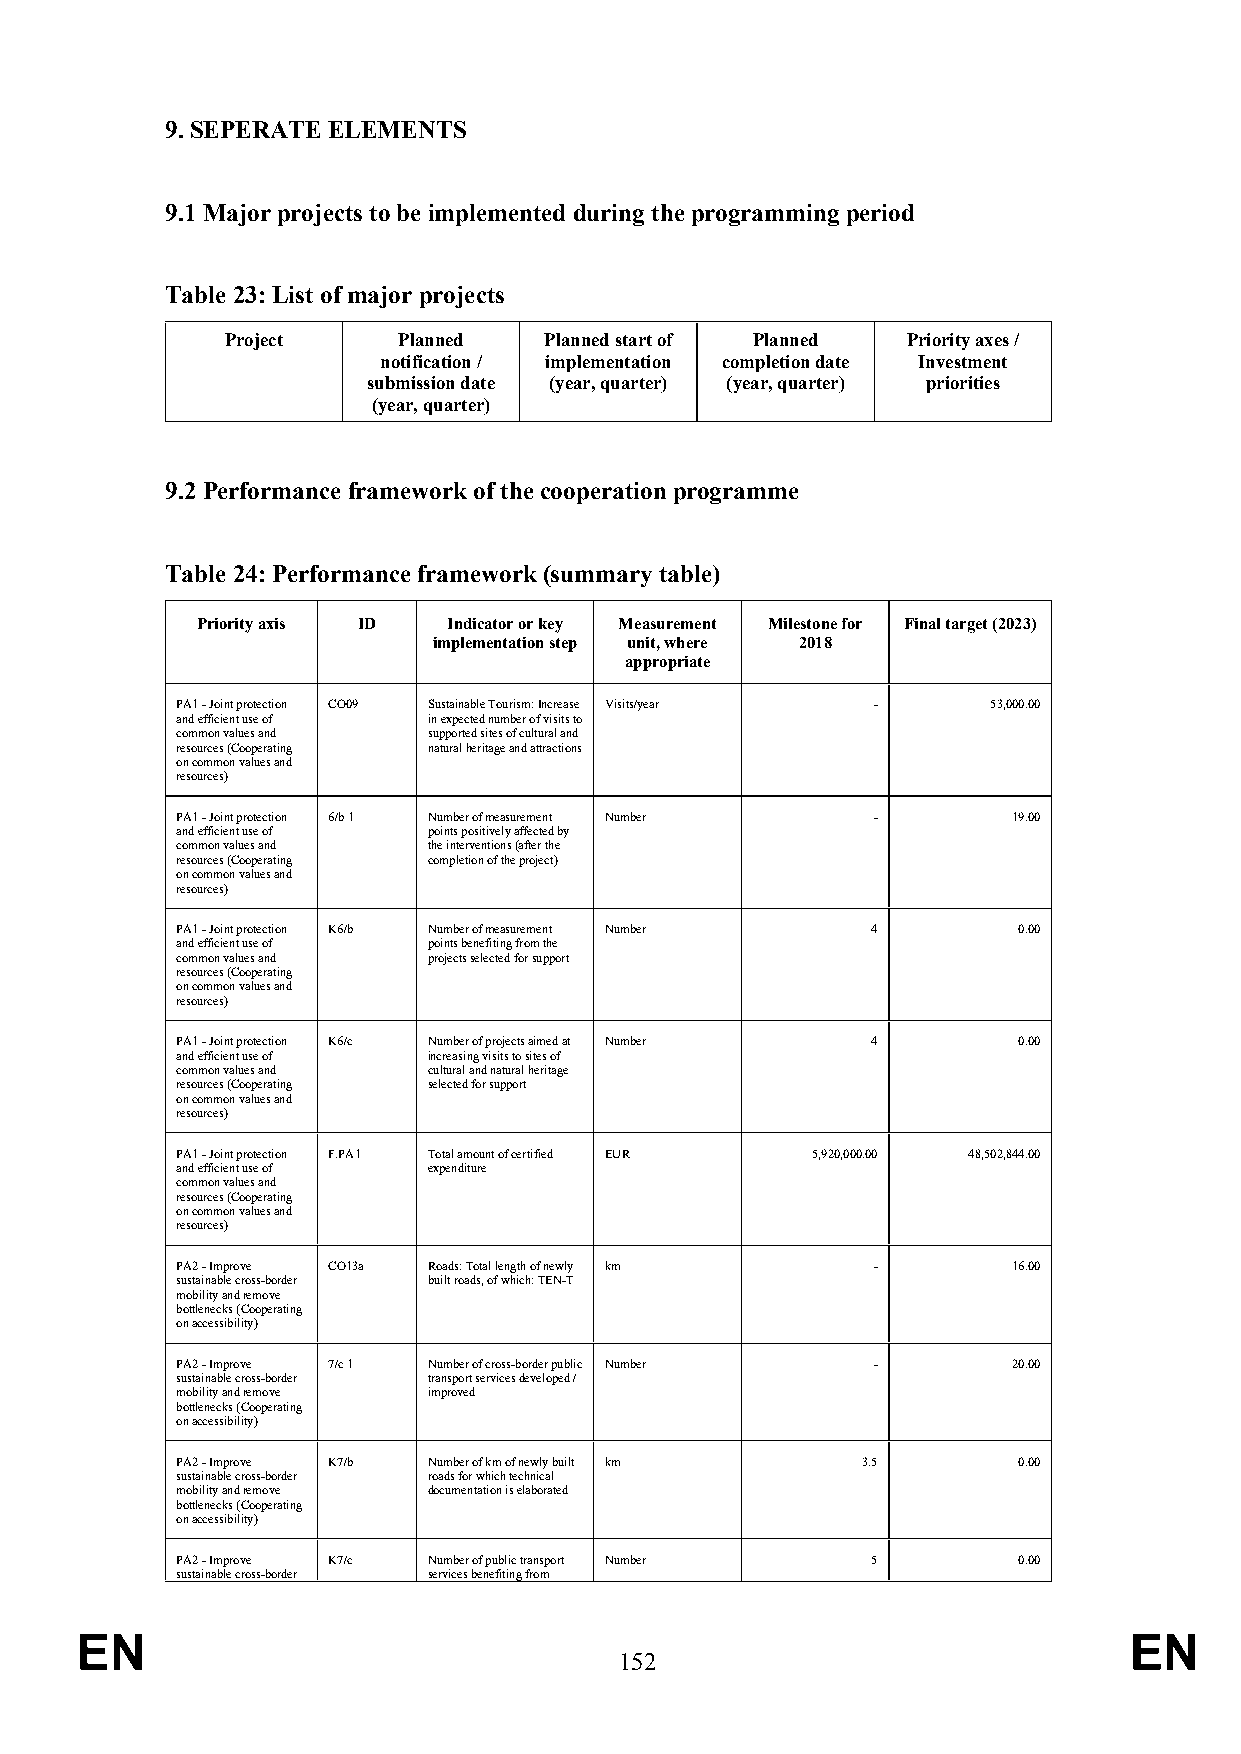
9. SEPERATE ELEMENTS
 9.1 Major projects to be implemented during the programming period
 Table 23: List of major projects
 Project    Planned   Planned start of Planned Priority axes /
 notification / implementation completion date Investment
 submission date (year, quarter) (year, quarter) priorities
 (year, quarter)
 9.2 Performance framework of the cooperation programme
 Table 24: Performance framework (summary table)
 Priority axis ID Indicator or key Measurement Milestone for Final target (2023)
 implementation step unit, where 2018
 appropriate
 PA1 - Joint protection CO09 Sustainable Tourism: Increase Visits/year - 53,000.00
 and efficient use of in expected number of visits to
 common values and supported sites of cultural and
 resources (Cooperating natural heritage and attractions
 on common values and
 resources)
 PA1 - Joint protection 6/b 1 Number of measurement Number - 19.00
 and efficient use of points positively affected by
 common values and the interventions (after the
 resources (Cooperating completion of the project)
 on common values and
 resources)
 PA1 - Joint protection K6/b Number of measurement Number 4 0.00
 and efficient use of points benefiting from the
 common values and projects selected for support
 resources (Cooperating
 on common values and
 resources)
 PA1 - Joint protection K6/c Number of projects aimed at Number 4 0.00
 and efficient use of increasing visits to sites of
 common values and cultural and natural heritage
 resources (Cooperating selected for support
 on common values and
 resources)
 PA1 - Joint protection F.PA1 Total amount of certified EUR 5,920,000.00 48,502,844.00
 and efficient use of expenditure
 common values and
 resources (Cooperating
 on common values and
 resources)
 PA2 - Improve CO13a Roads: Total length of newly km -  16.00
 sustainable cross-border built roads, of which: TEN-T
 mobility and remove
 bottlenecks (Cooperating
 on accessibility)
 PA2 - Improve 7/c 1 Number of cross-border public Number - 20.00
 sustainable cross-border transport services developed /
 mobility and remove improved
 bottlenecks (Cooperating
 on accessibility)
 PA2 - Improve K7/b Number of km of newly built km 3.5  0.00
 sustainable cross-border roads for which technical
 mobility and remove documentation is elaborated
 bottlenecks (Cooperating
 on accessibility)
 PA2 - Improve K7/c Number of public transport Number 5 0.00
 sustainable cross-border services benefiting from
 EN                                                                    EN
 152